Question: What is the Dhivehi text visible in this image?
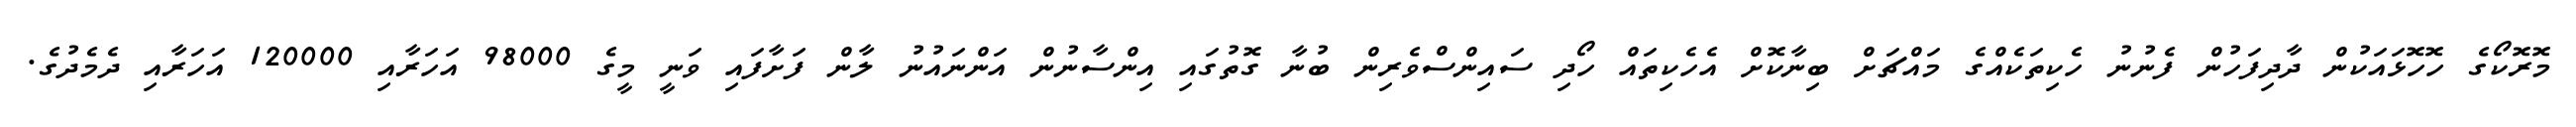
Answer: މޮރޮކޯގެ ހޮހޮޅައަކުން ދާދިފަހުން ފެނުނު ހެކިތަކެއްގެ މައްޗަށް ބިނާކޮށް އެހެކިތައް ހޯދި ސައިންސްވެރިން ބުނާ ގޮތުގައި އިންސާނުން އަންނައުނު ލާން ފަށާފައި ވަނީ މީގެ 98000 އަހަރާއި 120000 އަހަރާއި ދެމެދުގެ.